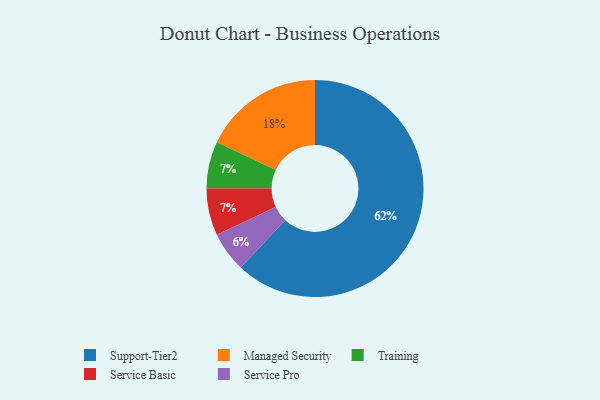
{"axis": {"x": "Category", "y": "Percentage"}, "legend": ["Managed Security", "Service Basic", "Service Pro", "Support-Tier2", "Training"], "data": [{"x": "Training", "y": 7, "type": "Training"}, {"x": "Service Basic", "y": 7, "type": "Service Basic"}, {"x": "Service Pro", "y": 6, "type": "Service Pro"}, {"x": "Managed Security", "y": 18, "type": "Managed Security"}, {"x": "Support-Tier2", "y": 62, "type": "Support-Tier2"}]}